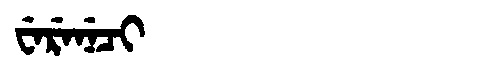
Manchu: ᠸᡝᡵᡝᠨᡝᠴᡳ
Romanization: WERENECI